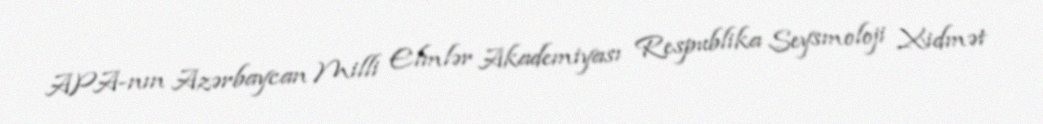
APA-nın Azərbaycan Milli Elmlər Akademiyası Respublika Seysmoloji Xidmət